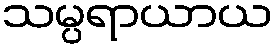
သမ္ပရာယာယ